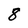
Character: 8